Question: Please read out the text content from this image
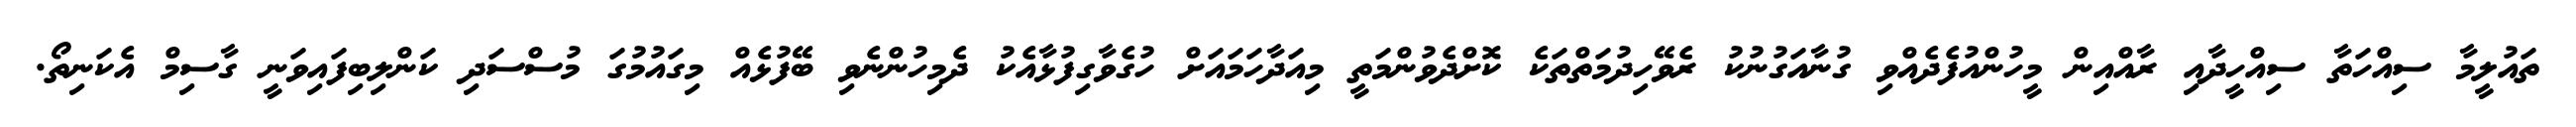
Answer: ތައުލީމާ ސިއްހަތާ ސިއްހީދާއި ރާއްއިން މީހުންއުފެދެއްވި ގުނާއަގުނުކު ރެވޭހިދުމަތްތަކެ ކޮށްދެވުންމަތީ މިއަދާހަމައަށް ހުގެވާގިފުޅާއެކު ދެމިހުންނެވި ބޭފުޅެއް މިގައުމުގަ މުސްސަދި ކަންލިބިފައިވަނީ ގާސިމް އެކަނިތޯ.